Rangoon Lunatic Asylum 1878-1892 - 1878-1892
Year: 1878
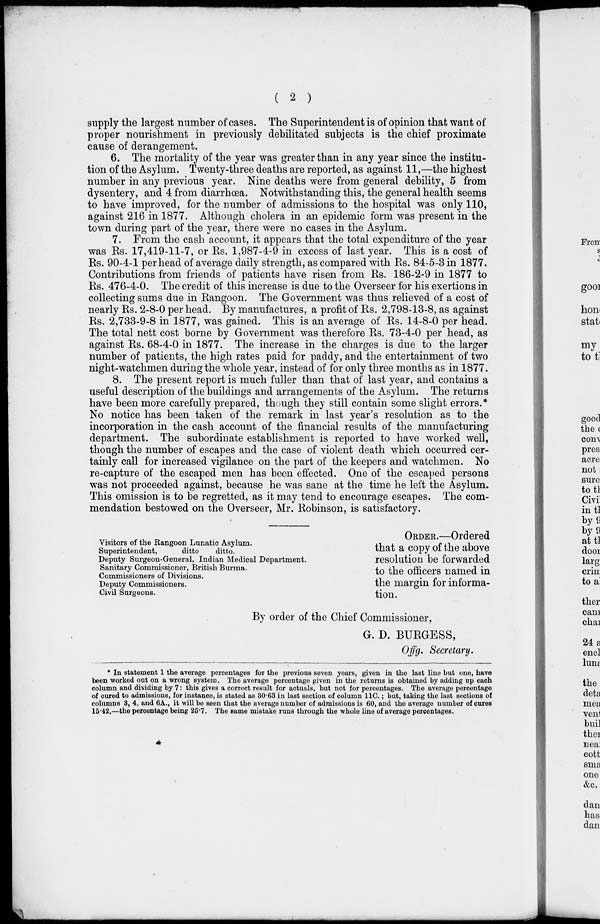
( 2 )
supply the largest number of cases. The Superintendent is of opinion that want of
proper nourishment in previously debilitated subjects is the chief proximate
cause of derangement.
6. The mortality of the year was greater than in any year since the institu-
tion of the Asylum. Twenty-three deaths are reported, as against 11,—the highest
number in any previous year. Nine deaths were from general debility, 5 from
dysentery, and 4 from diarrhœa. Notwithstanding this, the general health seems
to have improved, for the number of admissions to the hospital was only 110,
against 216 in 1877. Although cholera in an epidemic form was present in the
town during part of the year, there were no cases in the Asylum.
7. From the cash account, it appears that the total expenditure of the year
was Rs. 17,419-11-7, or Rs. 1,987-4-9 in excess of last year. This is a cost of
Rs. 90-4-1 per head of average daily strength, as compared with Rs. 84-5-3 in 1877.
Contributions from friends of patients have risen from Rs. 186-2-9 in 1877 to
Rs. 476-4-0. The credit of this increase is due to the Overseer for his exertions in
collecting sums due in Rangoon. The Government was thus relieved of a cost of
nearly Rs. 2-8-0 per head. By manufactures, a profit of Rs. 2,798-13-8, as against
Rs. 2,733-9-8 in 1877, was gained. This is an average of Rs. 14-8-0 per head.
The total nett cost borne by Government was therefore Rs. 73-4-0 per head, as
against Rs. 68-4-0 in 1877. The increase in the charges is due to the larger
number of patients, the high rates paid for paddy, and the entertainment of two
night-watchmen during the whole year, instead of for only three months as in 1877.
8. The present report is much fuller than that of last year, and contains a
useful description of the buildings and arrangements of the Asylum. The returns
have been more carefully prepared, though they still contain some slight errors.*
No notice has been taken of the remark in last year's resolution as to the
incorporation in the cash account of the financial results of the manufacturing
department. The subordinate establishment is reported to have worked well,
though the number of escapes and the case of violent death which occurred cer-
tainly call for increased vigilance on the part of the keepers and watchmen. No
re-capture of the escaped men has been effected. One of the escaped persons
was not proceeded against, because he was sane at the time he left the Asylum.
This omission is to be regretted, as it may tend to encourage escapes. The com-
mendation bestowed on the Overseer, Mr. Robinson, is satisfactory.
ORDER.—Ordered
Visitors of the Rangoon Lunatic Asylum.
Superintendent,
ditto ditto.
that a copy of the above
Deputy Surgeon-General, Indian Medical Department.
resolution be
forwarded
Sanitary Commissioner, British Burma.
to
the
officers
named
in
Commissioners of Divisions.
.
Deputy Commissioners.
the margin for informa-
Civil Surgeons.
tion.
By order of the Chief Commissioner,
G. D. BURGESS,
Offg. Secretary.
* In statement 1 the average percentages for the previous seven years, given in the last line but one, have
been worked out on a wrong system. The average percentage given in the returns is obtained by adding up each
column and dividing by 7: this gives a correct result for actuals, but not for percentages. The average percentage
of cured to admissions, for instance, is stated as 30.63 in last section of column 11C.; but, taking the last sections of
columns 3, 4, and 6A., it will be seen that the average number of admissions is 60, and the average number of cures
15.42,—the percentage being 25.7. The same mistake runs through the whole line of average percentages.